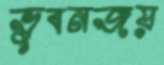
ভুবনজয়